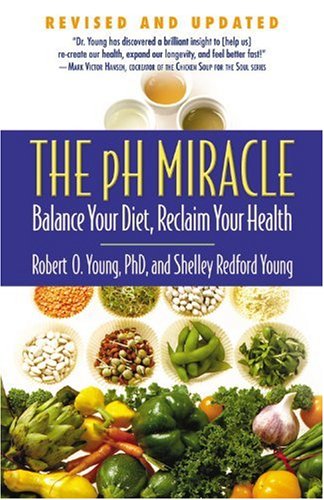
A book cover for The pH Miracle: Balance Your Diet, Reclaim Your Health; Shelley Redford Young; Health, Fitness & Dieting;